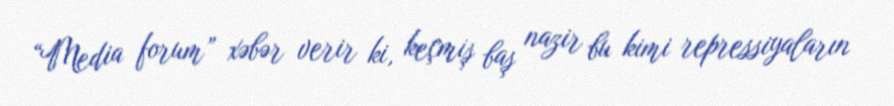
“Media forum” xəbər verir ki, keçmiş baş nazir bu kimi repressiyaların